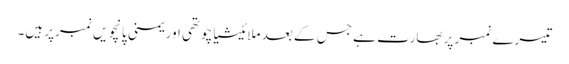
تیسرے نمبر پر بھارت ہے جس کے بعد ملائیشیاچوتھی اور یمنی پانچویں نمبرپر ہیں۔